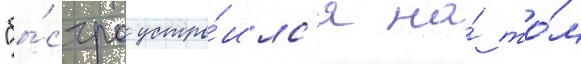
"бы́стро устро́илс'я на́ то́м